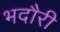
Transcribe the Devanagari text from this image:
भदौरी